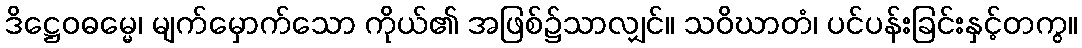
ဒိဋ္ဌေဝဓမ္မေ၊ မျက်မှောက်သော ကိုယ်၏ အဖြစ်၌သာလျှင်။ သဝိဃာတံ၊ ပင်ပန်းခြင်းနှင့်တကွ။